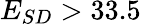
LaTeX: E_{SD}>33.5